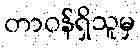
တာဝန်ရှိသူမှ